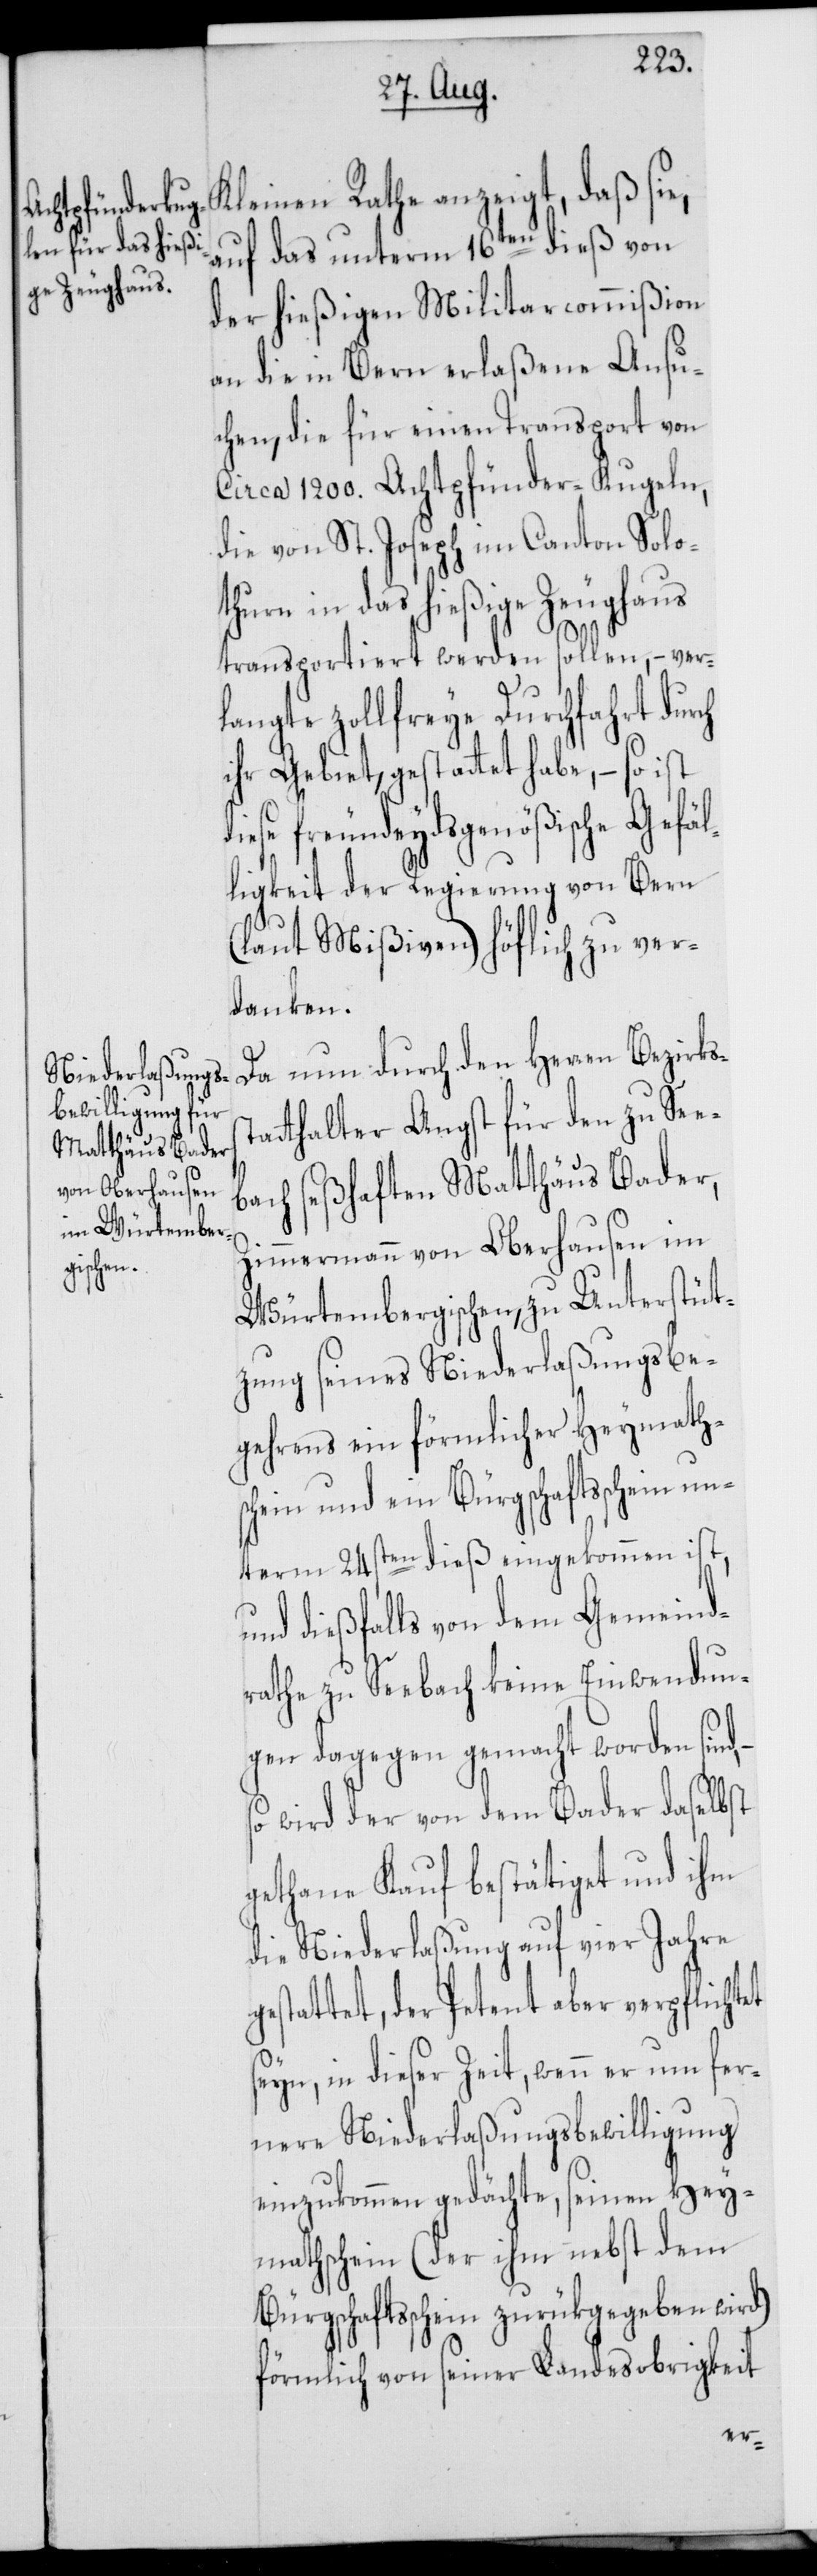
Kleinen Rathe anzeigt, daß sie,
auf das unterm 16ten dieß von
der hießigen Militarcommißion
an die in Bern erlaßene Ansu¬
chen, die für einen Transport von
Circa 1200. Achtpfünder-Kiugeln,
die von St. Joseph im Canton Solo¬
thurn in das hießige Zeughaus
transportiert werden sollen, – verl¬
angte zollfreye Durchfahrt durch
ihr Gebiet, gestattet habe, – so ist
freundeydsgenößische Gefäl¬
ligkeit der Regierung von Bern
(laut Mißiven) höflich zu ver¬
danken.
Da nun durch den Herren Bezirks¬
tatthalter Angst für den zu See¬
bach seßhaften Matthäus Bader,
Zimmermann von Oberhausen im
Würtembergischen, zu Unterstüt¬
zung seines Niederlaßungsbe¬
gehrens ein förmlicher Heymath¬
schein und ein Bürgschaftsschein un¬
term 24sten dieß eingekommen ist,
und dießfalls von dem Gemeind¬
rathe zu Seebach keine Einwendun¬
gen dagegen gemacht worden sind,
so wird der von dem Bader daselbst
gethane Kauf bestätiget und ihm
die Niederlaßung auf vier Jahre
gestattet, der Petent aber verpflichtet
seyn, in dieser Zeit, wenn er um fer¬
nere Niederlaßungsbewilligung
einzukommen gedächte, seinen Hey¬
mathschein (der ihm nebst dem
Bürgschaftsschein zurükgegeben wird)
förmlich von seiner Landesobrigkeit
s¬